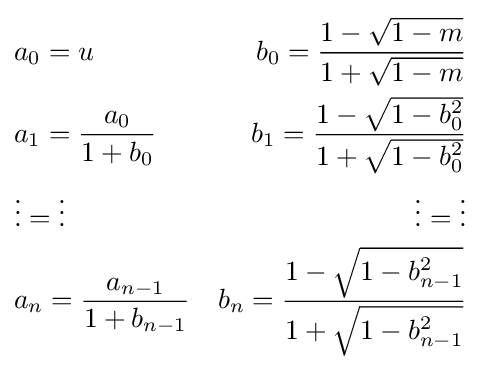
{\begin{aligned}&a_{0}=u&b_{0}={\frac {1-{\sqrt {1-m}}}{1+{\sqrt {1-m}}}}\\&a_{1}={\frac {a_{0}}{1+b_{0}}}&b_{1}={\frac {1-{\sqrt {1-b_{0}^{2}}}}{1+{\sqrt {1-b_{0}^{2}}}}}\\&\vdots =\vdots &\vdots =\vdots \\&a_{n}={\frac {a_{n-1}}{1+b_{n-1}}}&b_{n}={\frac {1-{\sqrt {1-b_{n-1}^{2}}}}{1+{\sqrt {1-b_{n-1}^{2}}}}}\\\end{aligned}}